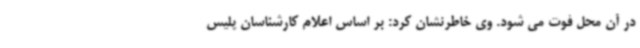
در آن محل فوت می شود. وی خاطرنشان کرد: بر اساس اعلام کارشناسان پلیس